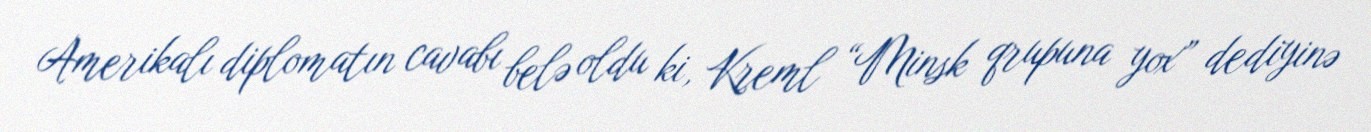
Amerikalı diplomatın cavabı belə oldu ki, Kreml “Minsk qrupuna yox” dediyinə